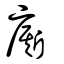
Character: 廝